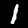
Digit: 1